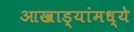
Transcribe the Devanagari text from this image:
आखाड्यांमध्ये